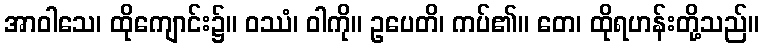
အာဝါသေ၊ ထိုကျောင်း၌။ ဝဿံ၊ ဝါကို။ ဥပေတိ၊ ကပ်၏။ တေ၊ ထိုရဟန်းတို့သည်။